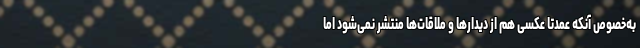
به‌خصوص آنکه عمدتا عکسی هم از دیدارها و ملاقات‌ها منتشر نمی‌شود اما